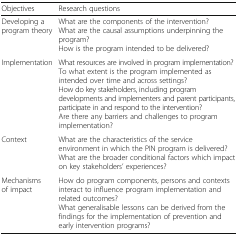
<table><thead><tr><td><b>Objectives</b></td><td><b>Research questions</b></td></tr></thead><tbody><tr><td>Developing a program theory</td><td>What are the components of the intervention?What are the causal assumptions underpinning the program?How is the program intended to be delivered?</td></tr><tr><td>Implementation</td><td>What resources are involved in program implementation?To what extent is the program implemented as intended over time and across settings?How do key stakeholders, including program developments and implementers and parent participants, participate in and respond to the intervention?Are there any barriers and challenges to program implementation?</td></tr><tr><td>Context</td><td>What are the characteristics of the service environment in which the PIN program is delivered?What are the broader conditional factors which impact on key stakeholders’ experiences?</td></tr><tr><td>Mechanisms of impact</td><td>How do program components, persons and contexts interact to influence program implementation and related outcomes?What generalisable lessons can be derived from the findings for the implementation of prevention and early intervention programs?</td></tr></tbody></table>